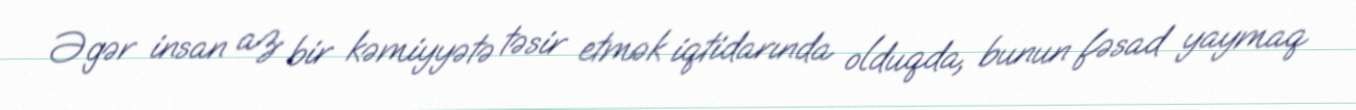
Əgər insan az bir kəmiyyətə təsir etmək iqtidarında olduqda, bunun fəsad yaymaq